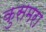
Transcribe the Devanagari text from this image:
कुसमरा